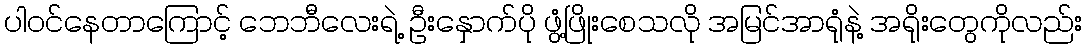
ပါဝင်နေတာကြောင့် ဘေဘီလေးရဲ့ ဦးနှောက်ပို ဖွံ့ဖြိုးစေသလို အမြင်အာရုံနဲ့ အရိုးတွေကိုလည်း